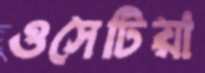
ওসেটিয়া